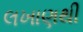
લખાણથી